system: You are a helpful assistant.
user:
Analyze the provided spectrum to determine if it is a **"Cataclysmic Variables (CV)"**.

- **Key Indicators for CV (Check for either state):**
    - **State 1: Quiescent / Low-State (Emission-Dominated)**
        - **(Primary):** Strong and *very broad* Hydrogen Balmer emission lines (e.g., $H\alpha$ at 6563 Å, $H\beta$ at 4861 Å). The 'broadness' (high velocity dispersion, often FWHM > 1000 km/s) is the key diagnostic, indicating a high-velocity accretion disk.
        - **(Secondary):** Broad neutral Helium (He I) emission lines (e.g., 5876 Å, 6678 Å).
        - **(Key Confirmation):** Presence of high-excitation *ionized* Helium (He II) emission at 4686 Å. This is a strong indicator of accretion onto a white dwarf.
        - **(Line Profile):** Emission lines may exhibit a 'double-peaked' profile, which is a classic signature of a rotating accretion disk viewed at high inclination.

    - **State 2: Outburst / High-State (Absorption-Dominated)**
        - **(Primary):** Spectrum is dominated by a bright, blue continuum (looks like a hot star).
        - **(Secondary):** The emission lines from State 1 are weak, absent, or 'filled in', and are replaced by broad, shallow *absorption* lines (primarily Balmer and He I).
        - **(Morphology):** The overall spectrum mimics a hot B/A-type star. The crucial difference is that the absorption lines are significantly broader, shallower, and more 'washed-out' (or 'smeared') than the sharp lines of a normal stellar photosphere, due to high rotational speeds and pressure broadening in the disk.

Think first, call **spectral_visualization_tool** if needed to examine features in detail, then provide your final answer. Your response must adhere to the following strict rules:
1.  **Overall Structure:** Your response must follow the format `<think>...</think> <tool_call>...</tool_call> (if a tool is used) <answer>...</answer>`.
2.  **Tool Usage Constraint:** You may only make **one** tool call per turn.
3.  **Final Answer Format:** In the `<answer>` tag, your conclusion must be inside a `\boxed{}` command (e.g., `\boxed{YES}`), followed by your justification.

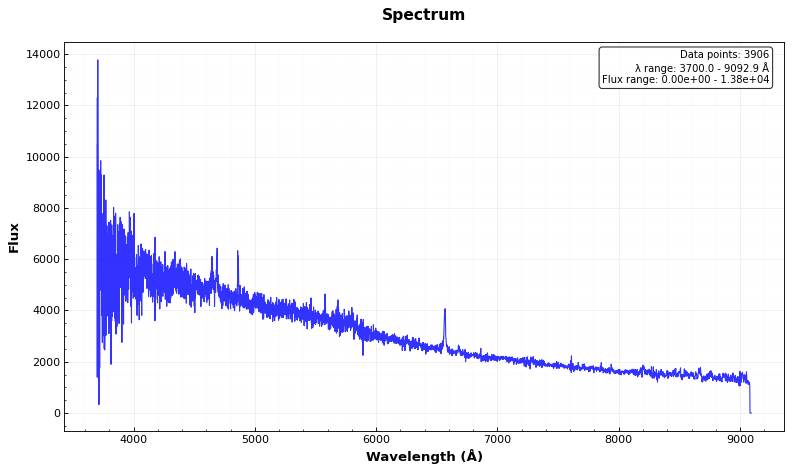
Answer: YES